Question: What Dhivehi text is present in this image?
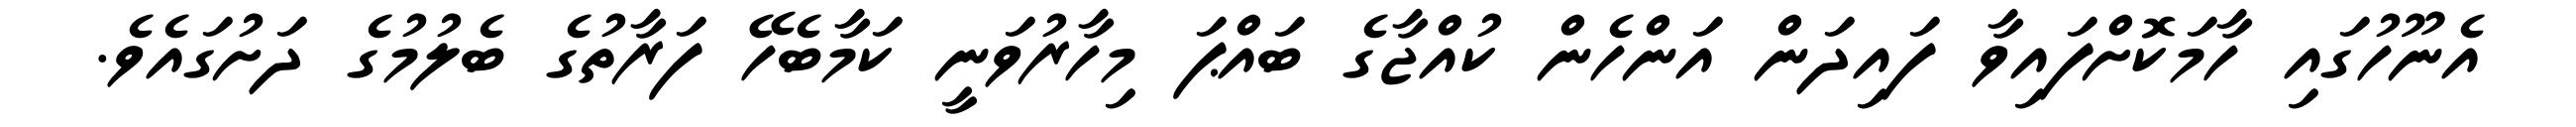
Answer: އެނޫހުގައި ހާމަކޮށްފައިވާ ފައިދަން އަންހެން ކުއްޖާގެ ބައްޕަ މިހާރުވަނީ ކަމާބެހޭ ފަރާތުގެ ބެލުމުގެ ދަށުގައެވެ.